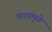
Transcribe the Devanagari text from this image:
माशांमुळे